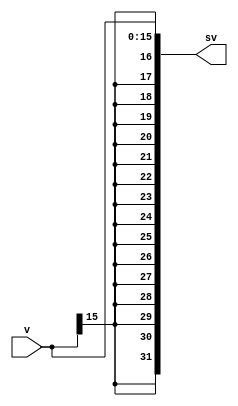
`ifndef SIGN_EXTEND_INCLUDED
`define SIGN_EXTEND_INCLUDED
module Sign_Extend(
	v,
	sv
);
input [15:0] v;
output [31:0] sv;

wire [15:0] v;
wire [31:0] sv;

assign sv[31:16] = {16{v[15]}};
assign sv[15:0] = v;
endmodule
`endif